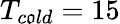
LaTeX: T_{c\mathfrak{o}ld}=15